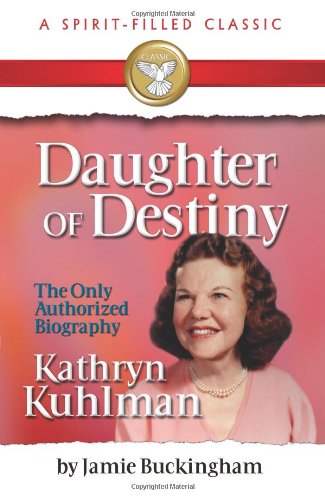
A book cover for Daughter of Destiny: Kathryn Kuhlman; Jamie Buckingham; Biographies & Memoirs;